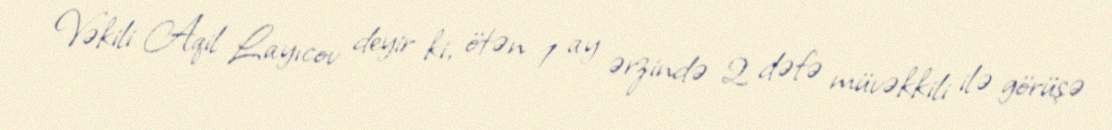
Vəkili Aqil Layıcov deyir ki, ötən 1 ay ərzində 2 dəfə müvəkkili ilə görüşə